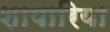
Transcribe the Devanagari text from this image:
शापारिया